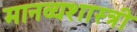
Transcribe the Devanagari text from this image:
मानव्यशास्त्री